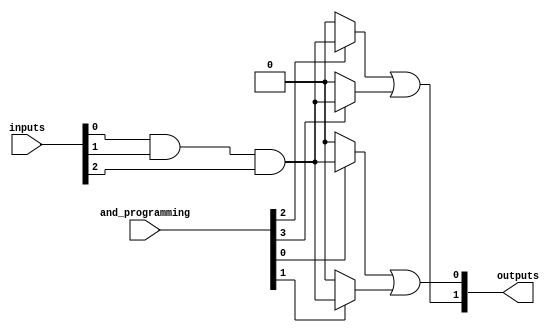
module jewel_pal #(
    parameter NUM_INPUTS = 3,  // Number of inputs (A, B, C, ...)
    parameter NUM_AND_GATES = 4, // Number of programmable AND gates
    parameter NUM_OUTPUTS = 2   // Number of outputs (Y1, Y2, ...)
)(
    input wire [NUM_INPUTS-1:0] inputs, // Input signals
    input wire [NUM_AND_GATES-1:0] and_programming, // Programming signals for AND gates
    output wire [NUM_OUTPUTS-1:0] outputs // Output signals
);

// Internal wires for AND gate outputs
wire [NUM_AND_GATES-1:0] and_outputs;

// Programmable AND gates
genvar i;
generate
    for (i = 0; i < NUM_AND_GATES; i = i + 1) begin : and_gate
        assign and_outputs[i] = (and_programming[i]) ? 
            (inputs[0] & inputs[1] & inputs[2]) : 1'b0; // Example: AND of all inputs
    end
endgenerate

// Fixed OR array
assign outputs[0] = and_outputs[0] | and_outputs[1]; // Example OR logic for output Y1
assign outputs[1] = and_outputs[2] | and_outputs[3]; // Example OR logic for output Y2

endmodule